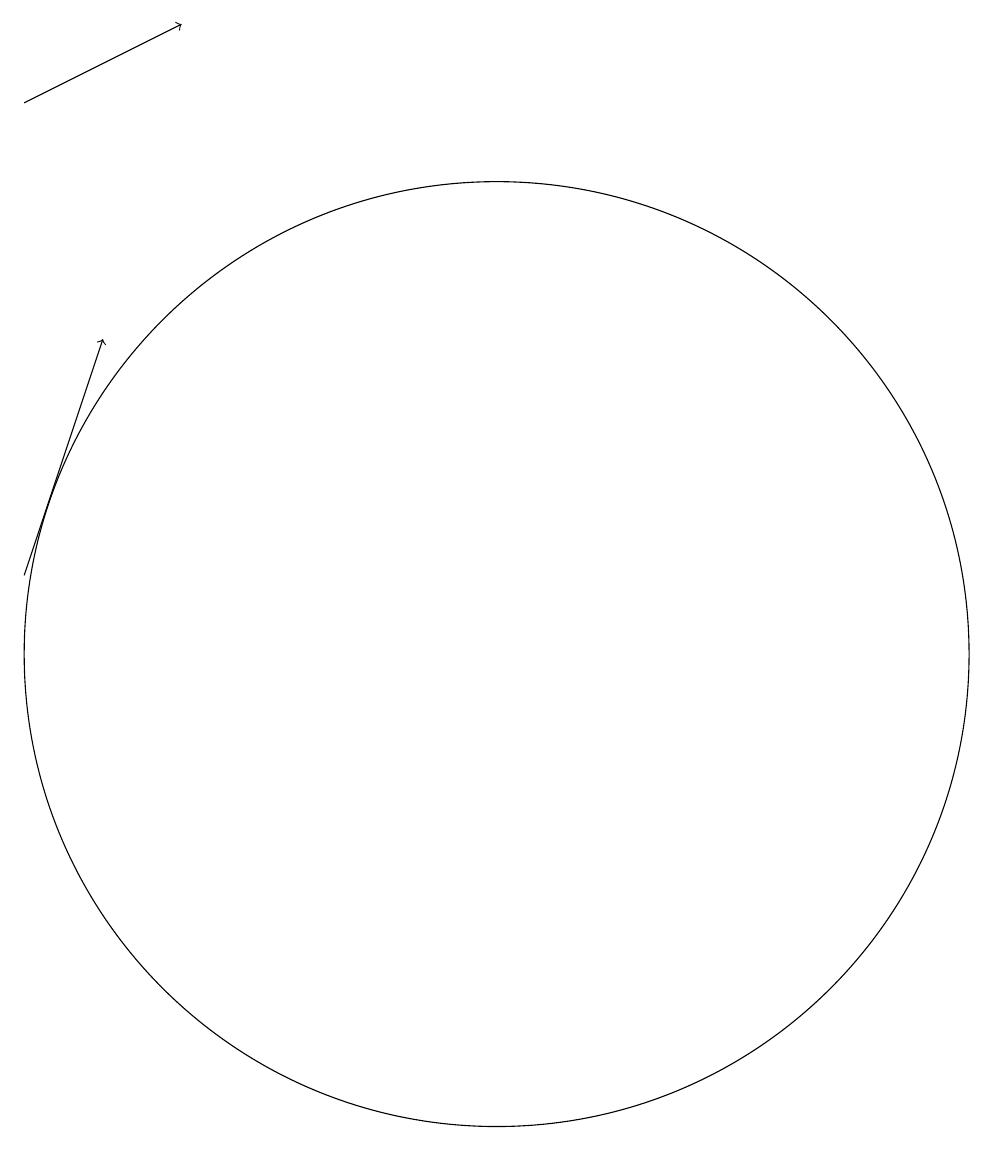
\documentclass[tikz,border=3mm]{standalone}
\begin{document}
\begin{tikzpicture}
\draw (10,10) circle (6);
\draw[->] (4,11) -- (5,14);
\draw[->] (4,17) -- (6,18);
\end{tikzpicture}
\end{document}